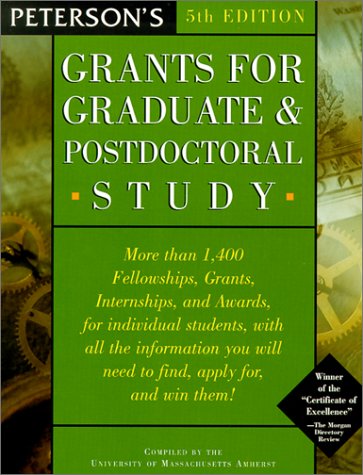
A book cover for Grants for Grad & Post-Doc Study 5th ed (Peterson's Grants for Graduate & Postdoctoral Study); Peterson's; Business & Money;